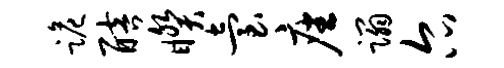
跪醅睽台座蹋尔